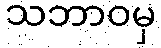
သဘာဝမှ